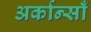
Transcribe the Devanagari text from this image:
अर्कान्साँ